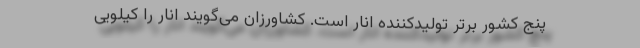
پنج کشور برتر تولیدکننده انار است. کشاورزان می‌گویند انار را کیلویی